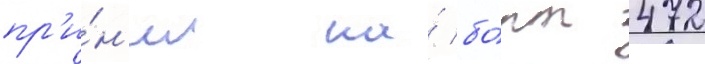
пр'и́н'ял на́ бо́рт 472